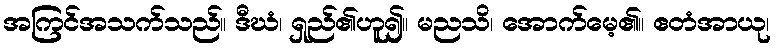
အကြင်အသက်သည်။ ဒီဃံ၊ ရှည်၏ဟူ၍။ မညသိ၊ အောက်မေ့၏။ ဧတံအာယု၊